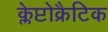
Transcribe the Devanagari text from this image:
क्लेप्टोक्रैटिक